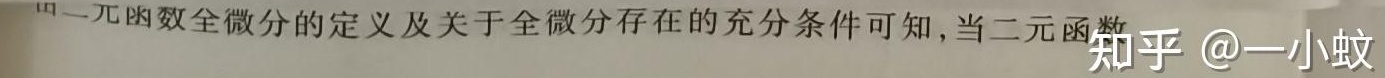
由二元函数全微分的定义及关于全微分存在的充分条件可知，当二元函数